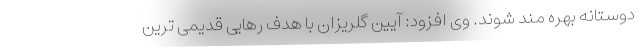
دوستانه بهره مند شوند. وی افزود: آیین گلریزان با هدف رهایی قدیمی ترین